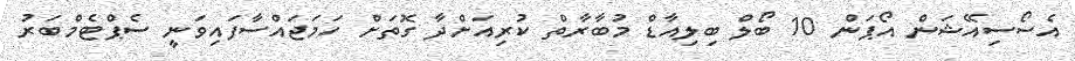
އެސޯސިއޭޝަން އޯޕަން 10 ބޯލް ބިލިއާޑް މުބާރާތް ކުރިއަށްދާ ގޮތަށް ހަމަޖައްސާފައިވަނީ ސެޕްޓެމްބަރު